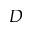
D